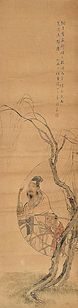
惊塞雁，起城乌，画屏金鹧鸪。